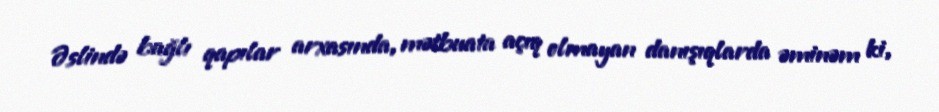
Əslində bağlı qapılar arxasında, mətbuata açıq olmayan danışıqlarda əminəm ki,